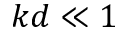
k d \ll 1